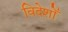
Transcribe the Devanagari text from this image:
विदेशोँ